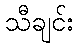
သီချင်း